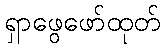
ရှာဖွေဖော်ထုတ်